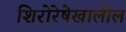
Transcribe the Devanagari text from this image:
शिरोरेषेखालील